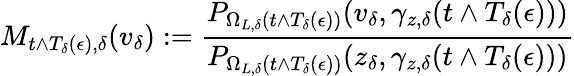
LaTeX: M_{t\wedge T_{\delta}(\epsilon),\delta}(v_{\delta}):=\frac{P_{\Omega_{L,\delta}(t\wedge T_{\delta}(\epsilon))}(v_{\delta},\gamma_{z,\delta}(t\wedge T_{\delta}(\epsilon)))}{P_{\Omega_{L,\delta}(t\wedge T_{\delta}(\epsilon))}(z_{\delta},\gamma_{z,\delta}(t\wedge T_{\delta}(\epsilon)))}